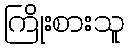
ကြိုးစားသူ